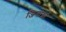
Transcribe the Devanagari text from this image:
जिनार्थ्रा